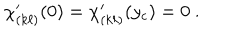
\chi _ { ( k \ell ) } ^ { \prime } ( 0 ) = \chi _ { ( k \ell ) } ^ { \prime } ( y _ { c } ) = 0 ~ .